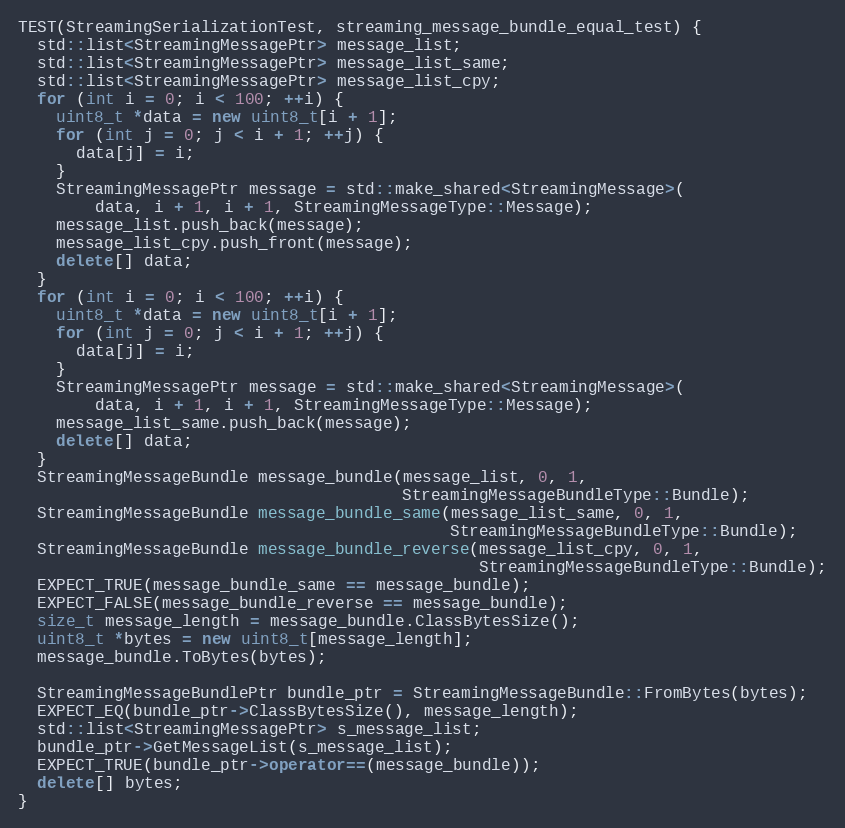
Language: C++
TEST(StreamingSerializationTest, streaming_message_bundle_equal_test) {
  std::list<StreamingMessagePtr> message_list;
  std::list<StreamingMessagePtr> message_list_same;
  std::list<StreamingMessagePtr> message_list_cpy;
  for (int i = 0; i < 100; ++i) {
    uint8_t *data = new uint8_t[i + 1];
    for (int j = 0; j < i + 1; ++j) {
      data[j] = i;
    }
    StreamingMessagePtr message = std::make_shared<StreamingMessage>(
        data, i + 1, i + 1, StreamingMessageType::Message);
    message_list.push_back(message);
    message_list_cpy.push_front(message);
    delete[] data;
  }
  for (int i = 0; i < 100; ++i) {
    uint8_t *data = new uint8_t[i + 1];
    for (int j = 0; j < i + 1; ++j) {
      data[j] = i;
    }
    StreamingMessagePtr message = std::make_shared<StreamingMessage>(
        data, i + 1, i + 1, StreamingMessageType::Message);
    message_list_same.push_back(message);
    delete[] data;
  }
  StreamingMessageBundle message_bundle(message_list, 0, 1,
                                        StreamingMessageBundleType::Bundle);
  StreamingMessageBundle message_bundle_same(message_list_same, 0, 1,
                                             StreamingMessageBundleType::Bundle);
  StreamingMessageBundle message_bundle_reverse(message_list_cpy, 0, 1,
                                                StreamingMessageBundleType::Bundle);
  EXPECT_TRUE(message_bundle_same == message_bundle);
  EXPECT_FALSE(message_bundle_reverse == message_bundle);
  size_t message_length = message_bundle.ClassBytesSize();
  uint8_t *bytes = new uint8_t[message_length];
  message_bundle.ToBytes(bytes);

  StreamingMessageBundlePtr bundle_ptr = StreamingMessageBundle::FromBytes(bytes);
  EXPECT_EQ(bundle_ptr->ClassBytesSize(), message_length);
  std::list<StreamingMessagePtr> s_message_list;
  bundle_ptr->GetMessageList(s_message_list);
  EXPECT_TRUE(bundle_ptr->operator==(message_bundle));
  delete[] bytes;
}